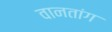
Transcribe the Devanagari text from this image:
वानतांग